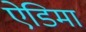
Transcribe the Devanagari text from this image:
ऐडिमा